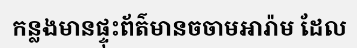
កន្លងមានផ្ទុះព័ត៌មានចចាមអារ៉ាម ដែល